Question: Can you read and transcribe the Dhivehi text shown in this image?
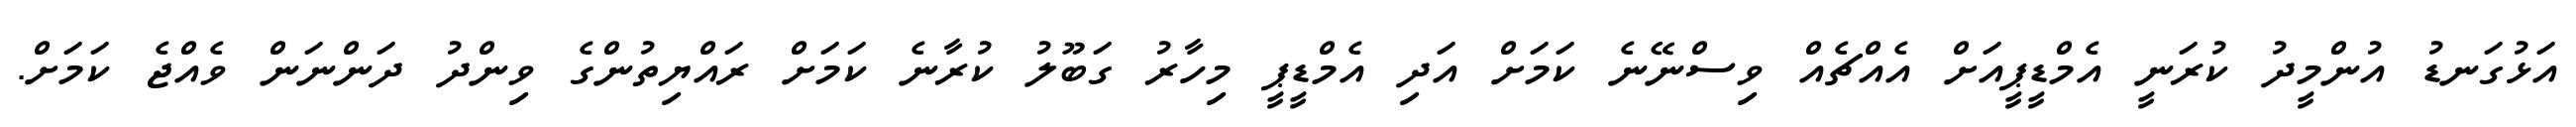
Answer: އަޅުގަނޑު އުންމީދު ކުރަނީ އެމްޑީޕީއަށް އެއްޗެއް ވިސްނޭނެ ކަމަށް އަދި އެމްޑީޕީ މިހާރު ގަބޫލު ކުރާނެ ކަމަށް ރައްޔިތުންގެ ވިންދު ދަންނަން ވެއްޖެ ކަމަށް.